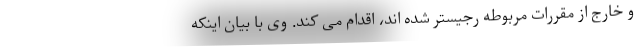
و خارج از مقررات مربوطه رجیستر شده اند، اقدام می کند. وی با بیان اینکه